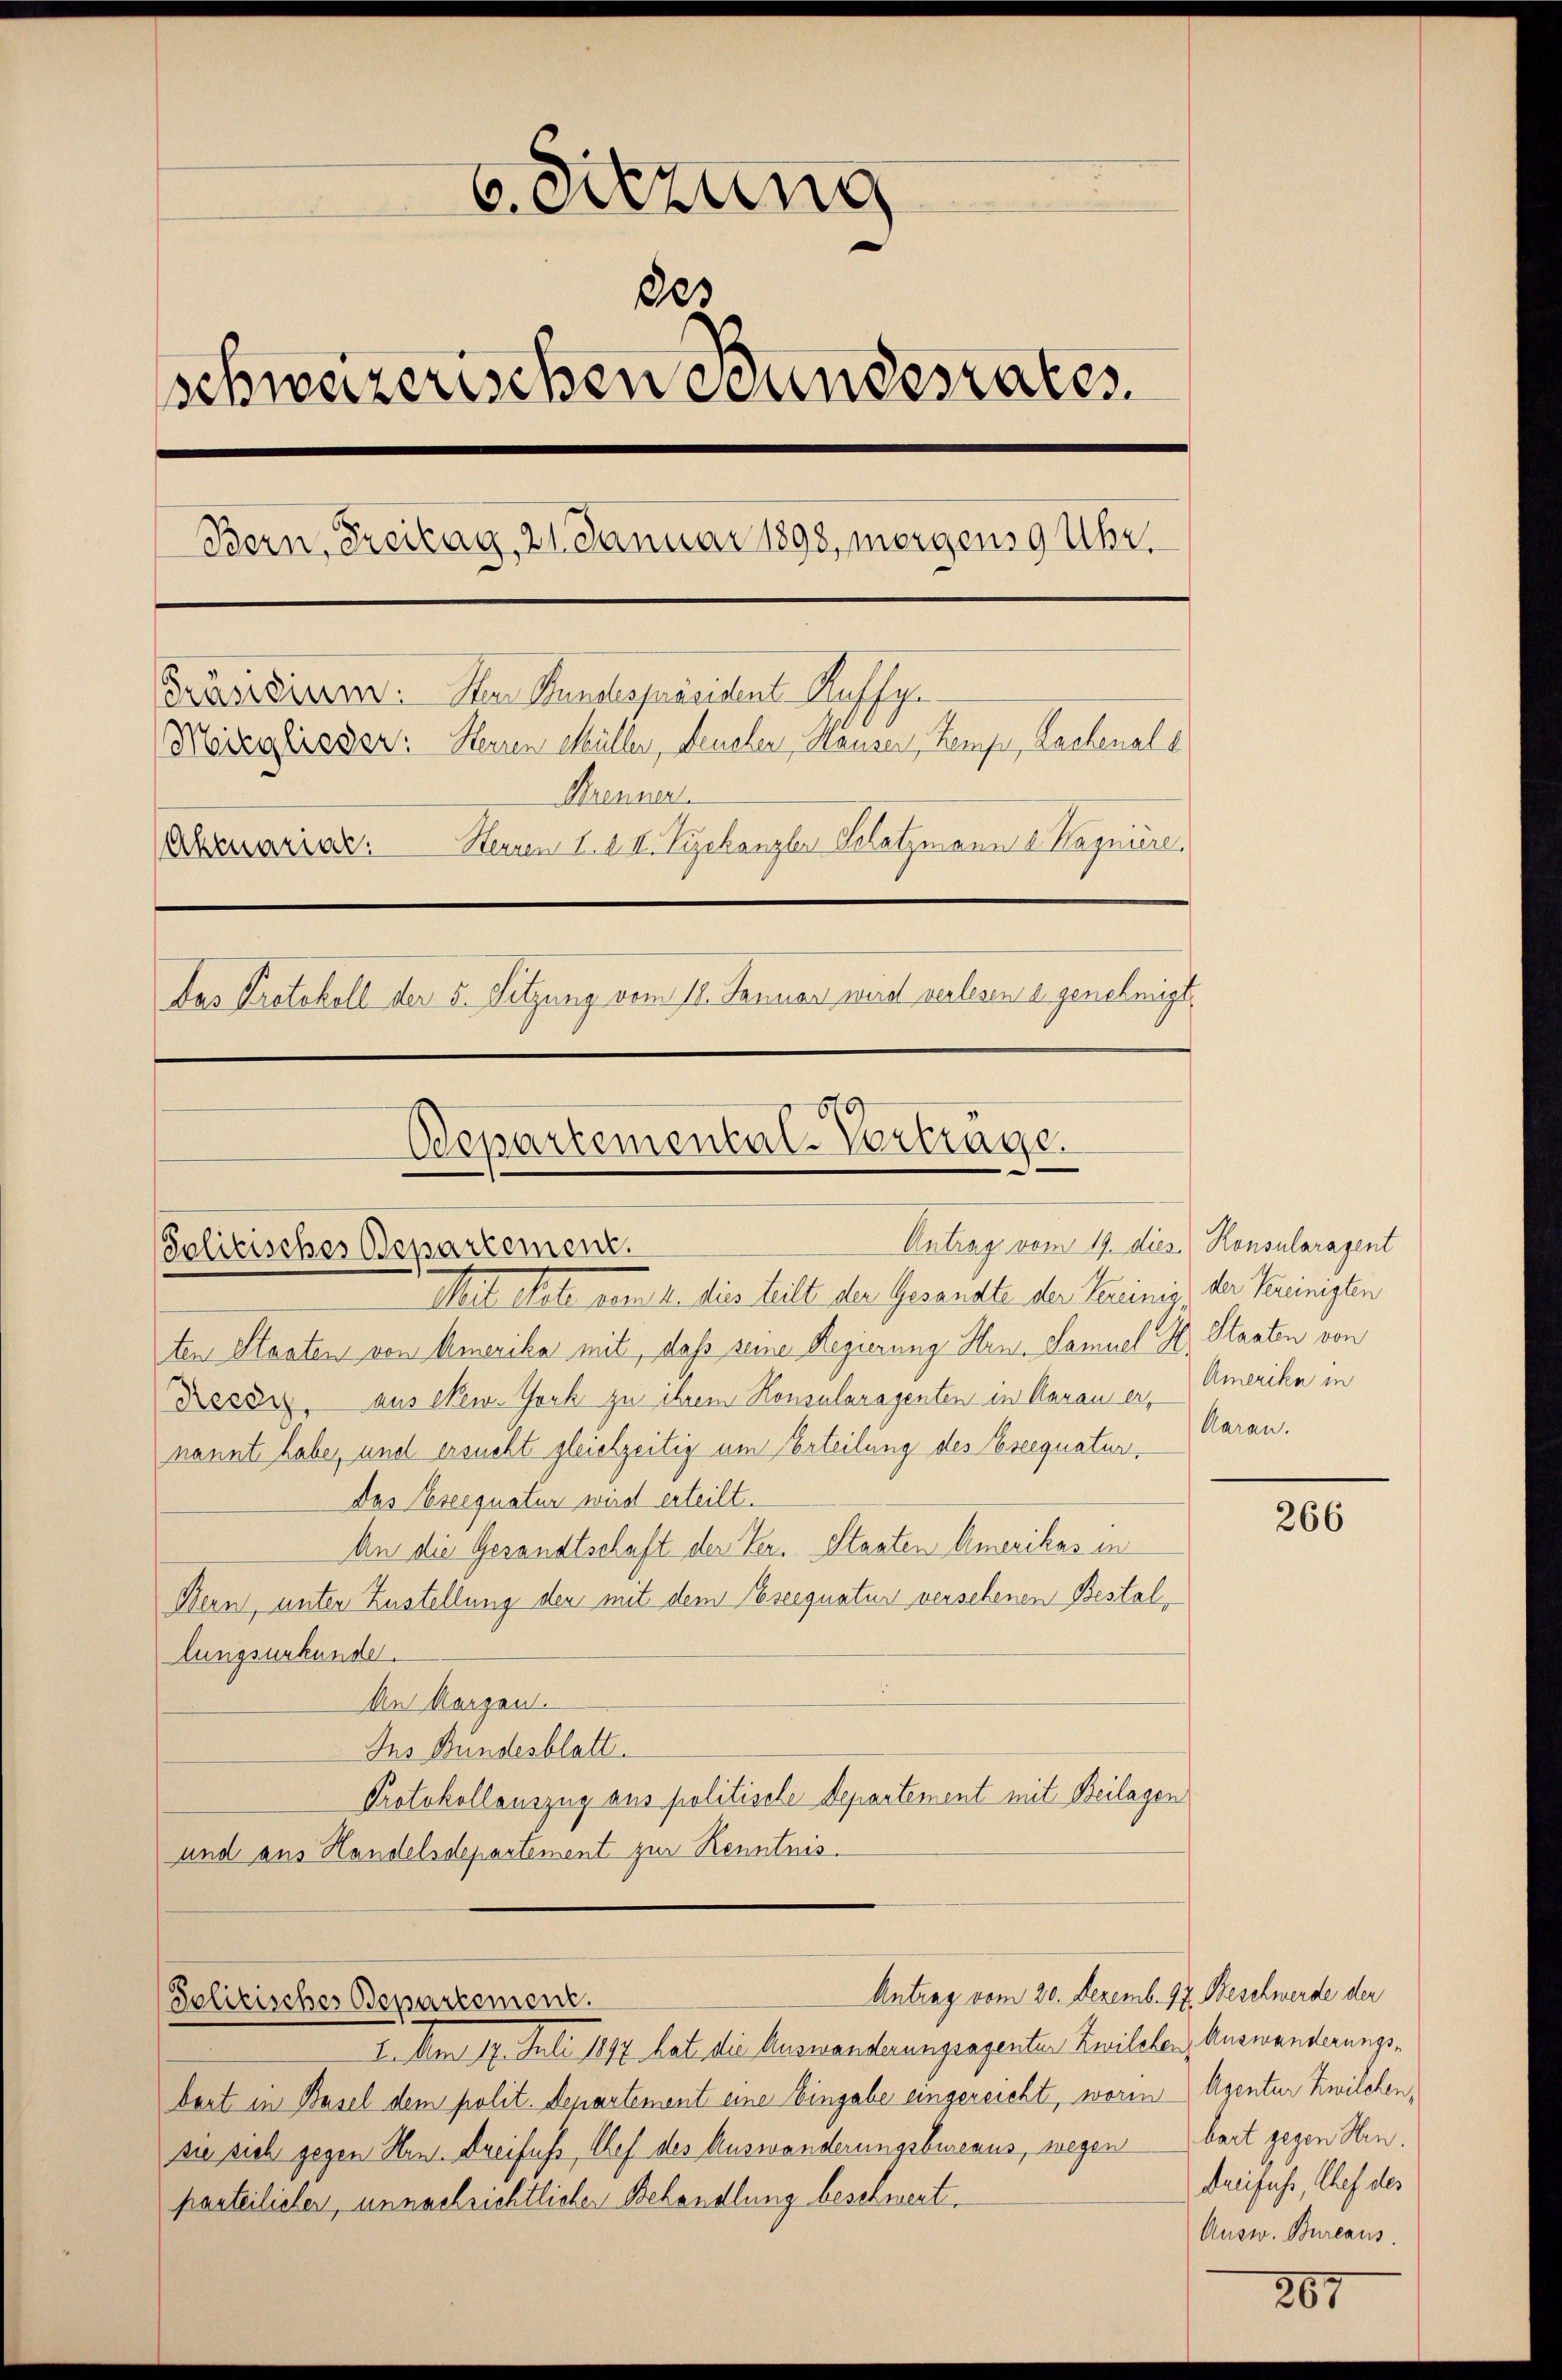
b. Sitzung
des
schweizerischen Bundesrates
Bern, Freitag, 21. Januar 1898, morgens 9 Uhr.
Präsidium. Im Stundespräsidens Auffge
Moreglieder: Herren Müller, denelen, Hauser, Kemp, Lachenale
Strenner
Haren 1. d. M. Vizekanzler Platzmann u. Magniere
Aktuarial:
Das Protokoll der 5. Sitzung vom 14. Januar wird verlesen a genehmigt.

Departemental-Vertrage.
Antrag vom 19. dies, Konsularagent
Politisches Departement.

Mit ital vom 2. dies heilt der Gesandte der Vereinig, der Keinigten
ten Staaten von Amerika mit, daß seine Regierung Hrn. Samuel A. Staaten von
Deszn. aus New York zu ihrem Konsularagenten in Aarau ernannt habe, und ersucht gleichzeitig um Erteilung des Eseequatur,
Das Eseequatur wird erteilt.
An die Gesandtschaft der Ver. Staaten Amerikas in
Bern, unter Zustellung den mit dem Eseequatur versehenen Bestallungsurkunde.
An Morgen.
Ins Bundesblatt.
Protokollauszug aus politische Departement mit Beilagen
und aus Handelsdepartement zur Kenntnis.

Antrag vom 20. Dezemb. 97. Beschwerde der
Politisches Departement.

2. Am 17. Juli 1897 hat die Auswanderungsagenten Zwilchen Auswanderungsbart in Basel dem polit. Departement eine Eingabe eingereicht, worin Agentur Zwilchen,
sie sich gegen Hen. Dreifuss, Chef des Auswanderungsbureaus, wegen
pasteilichen, unnachrichtlicher Behandlung beschwert.

Amerika in
Aarau.

266

bart gegen Hrn.
drefus, Chef des
Ausw. Bureaus.

267